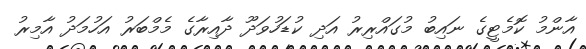
އާންމު ކޮމެޓީގެ ނައިބު މުގައްރިރު އަދި ކުޑަހުވަދޫ ދާއިރާގެ މެމްބަރު އަހުމަދު އާމިރު